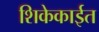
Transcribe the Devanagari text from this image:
शिकेकाईत